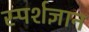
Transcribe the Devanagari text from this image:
स्‍पर्शज्ञान